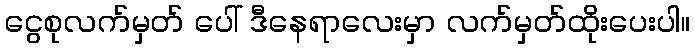
ငွေစုလက်မှတ် ပေါ် ဒီနေရာလေးမှာ လက်မှတ်ထိုးပေးပါ။